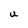
Character: U